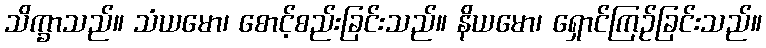
သိက္ခာသည်။ သံယမော၊ စောင့်စည်းခြင်းသည်။ နိယမော၊ ရှောင်ကြဉ်ခြင်းသည်။